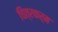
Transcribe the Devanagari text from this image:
चित्रकर्म